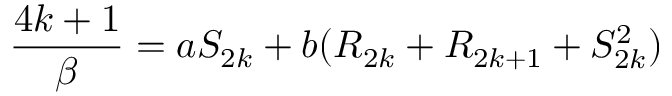
{ \frac { 4 k + 1 } { \beta } } = a S _ { 2 k } + b ( R _ { 2 k } + R _ { 2 k + 1 } + S _ { 2 k } ^ { 2 } )